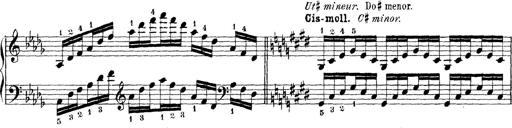
Title: Technische Studien
Composer: Franz Liszt